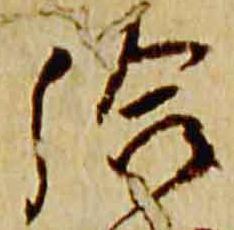
給